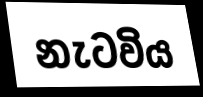
නැටවිය